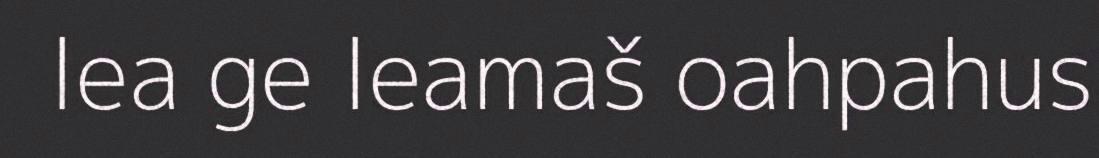
lea ge leamaš oahpahus